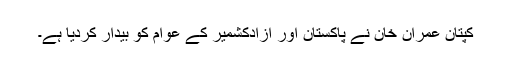
کپتان عمران خان نے پاکستان اور آزادکشمیر کے عوام کو بیدار کردیا ہے۔